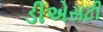
ડીએસટી